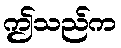
ဤသည်က